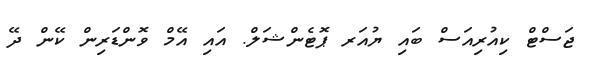
ޖަސްޓް ކިއުރިއަސް ބައި ޔުއަރ ޕޮޓެންޝަލް. އައި އޭމް ވޮންޑަރިން ކޭން ދޭ